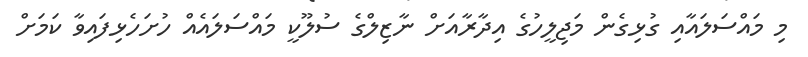
މި މައްސަލައާއި ގުޅިގެން މަޖިލީހުގެ އިދާރާއަށް ނާޒިލްގެ ސުލޫކީ މައްސަލައެއް ހުށަހެޅިފައިވާ ކަމަށް